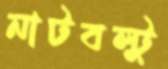
নাটবল্টু